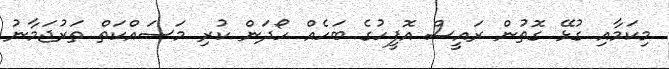
މިކަމާއި ގުޅޭ ގޮތުން ރައީސް އޮފީހުގެ ބަހެއް ހޯދަން ކުރި މަސައްކަތް ތަރުޖަމާނު